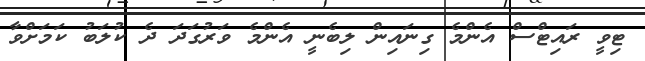
ޓިވީ ރައިޓްސް އެންމެ ގިނައިން ލިބެނީ އެންމެ ވަރުގަދަ ދެ ކުލަބު ކަމަށްވާ